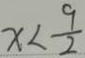
x < \frac { 9 } { 2 }